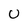
Character: 0